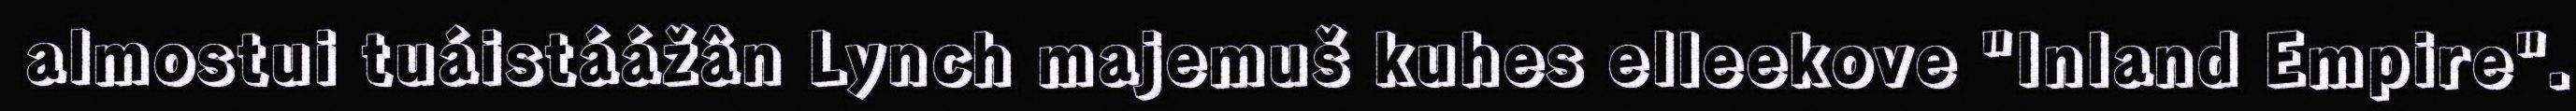
almostui tuáistáážân Lynch majemuš kuhes elleekove "Inland Empire".